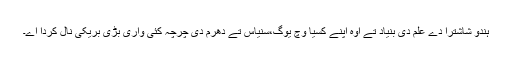
ہندو شاشترا دے علم دی بنیاد تے اوہ اپنے کسیا وچ یوگ،سنیاس تے دھرم دی چرچہ کئی واری بڑی بریکی نال کردا اے۔